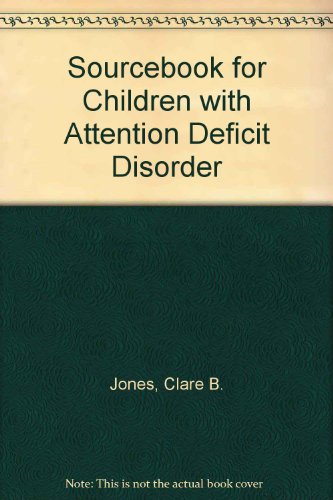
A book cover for Sourcebook for Children With Attention Deficit Disorder: A Management Guide for Early Childhood Professionals and Parents; Clare B. Jones; Parenting & Relationships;